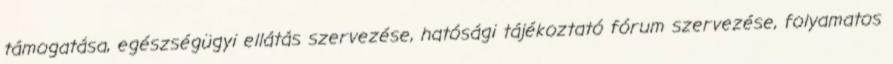
támogatása, egészségügyi ellátás szervezése, hatósági tájékoztató fórum szervezése, folyamatos